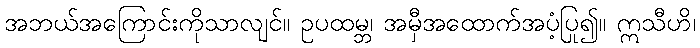
အဘယ်အကြောင်းကိုသာလျင်။ ဥပထမ္ဘ၊ အမှီအထောက်အပံ့ပြု၍။ ဣသီဟိ၊